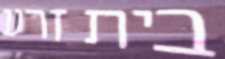
בית זרע